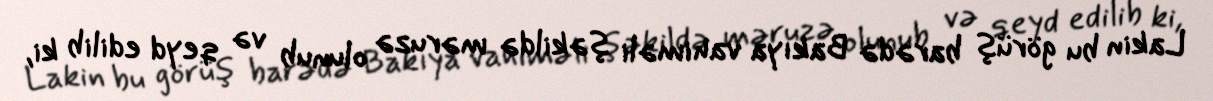
Lakin bu görüş barədə Bakıya vahiməli şəkildə məruzə olunub və qeyd edilib ki,